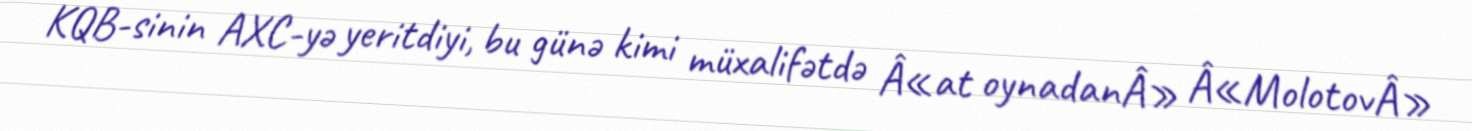
KQB-sinin AXC-yə yeritdiyi, bu günə kimi müxalifətdə Â«at oynadanÂ» Â«MolotovÂ»